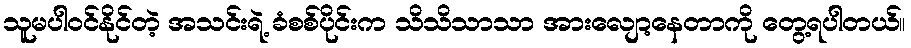
သူမပါဝင်နိုင်တဲ့ အသင်းရဲ့ ခံစစ်ပိုင်းက သိသိသာသာ အားလျော့နေတာကို တွေ့ရပါတယ်။